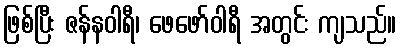
ဖြစ်ပြီး ဇန်နဝါရီ၊ ဖေဖော်ဝါရီ အတွင်း ကျသည်။